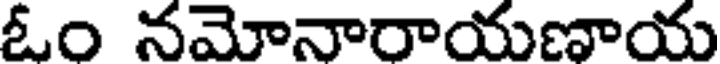
ఓం నమోనారాయణాయ